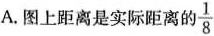
A.图上距离是实际距离的\frac{1}{8}